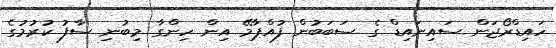
ހައިޑްރޯޖަން ސައިނައިޑް ގެ ސަބަބުން ފުއްޕާމޭ އިން ހިންގާ މިބުނި ސާފު ކުރުމުގެ